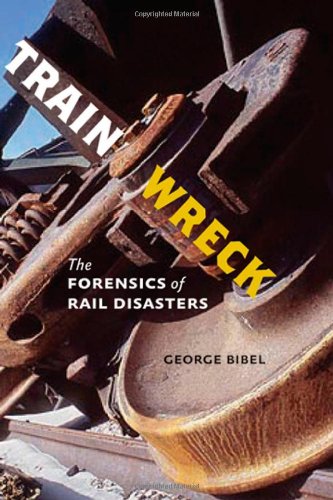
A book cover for Train Wreck: The Forensics of Rail Disasters; George Bibel; Engineering & Transportation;